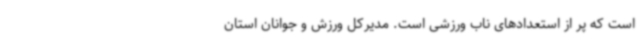
است که پر از استعدادهای ناب ورزشی است. مدیرکل ورزش و جوانان استان